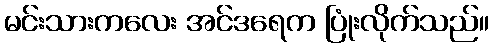
မင်းသားကလေး အင်ဒရေက ပြုံးလိုက်သည်။